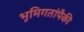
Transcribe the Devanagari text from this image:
भूमिगतांपैकी